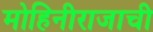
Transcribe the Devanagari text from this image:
मोहिनीराजाची